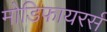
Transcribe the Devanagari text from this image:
मोडिफायरर्स